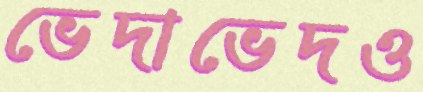
ভেদাভেদও